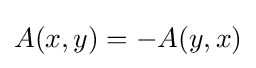
A(x,y)=-A(y,x)